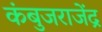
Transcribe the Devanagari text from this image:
कंबुजराजेंद्र